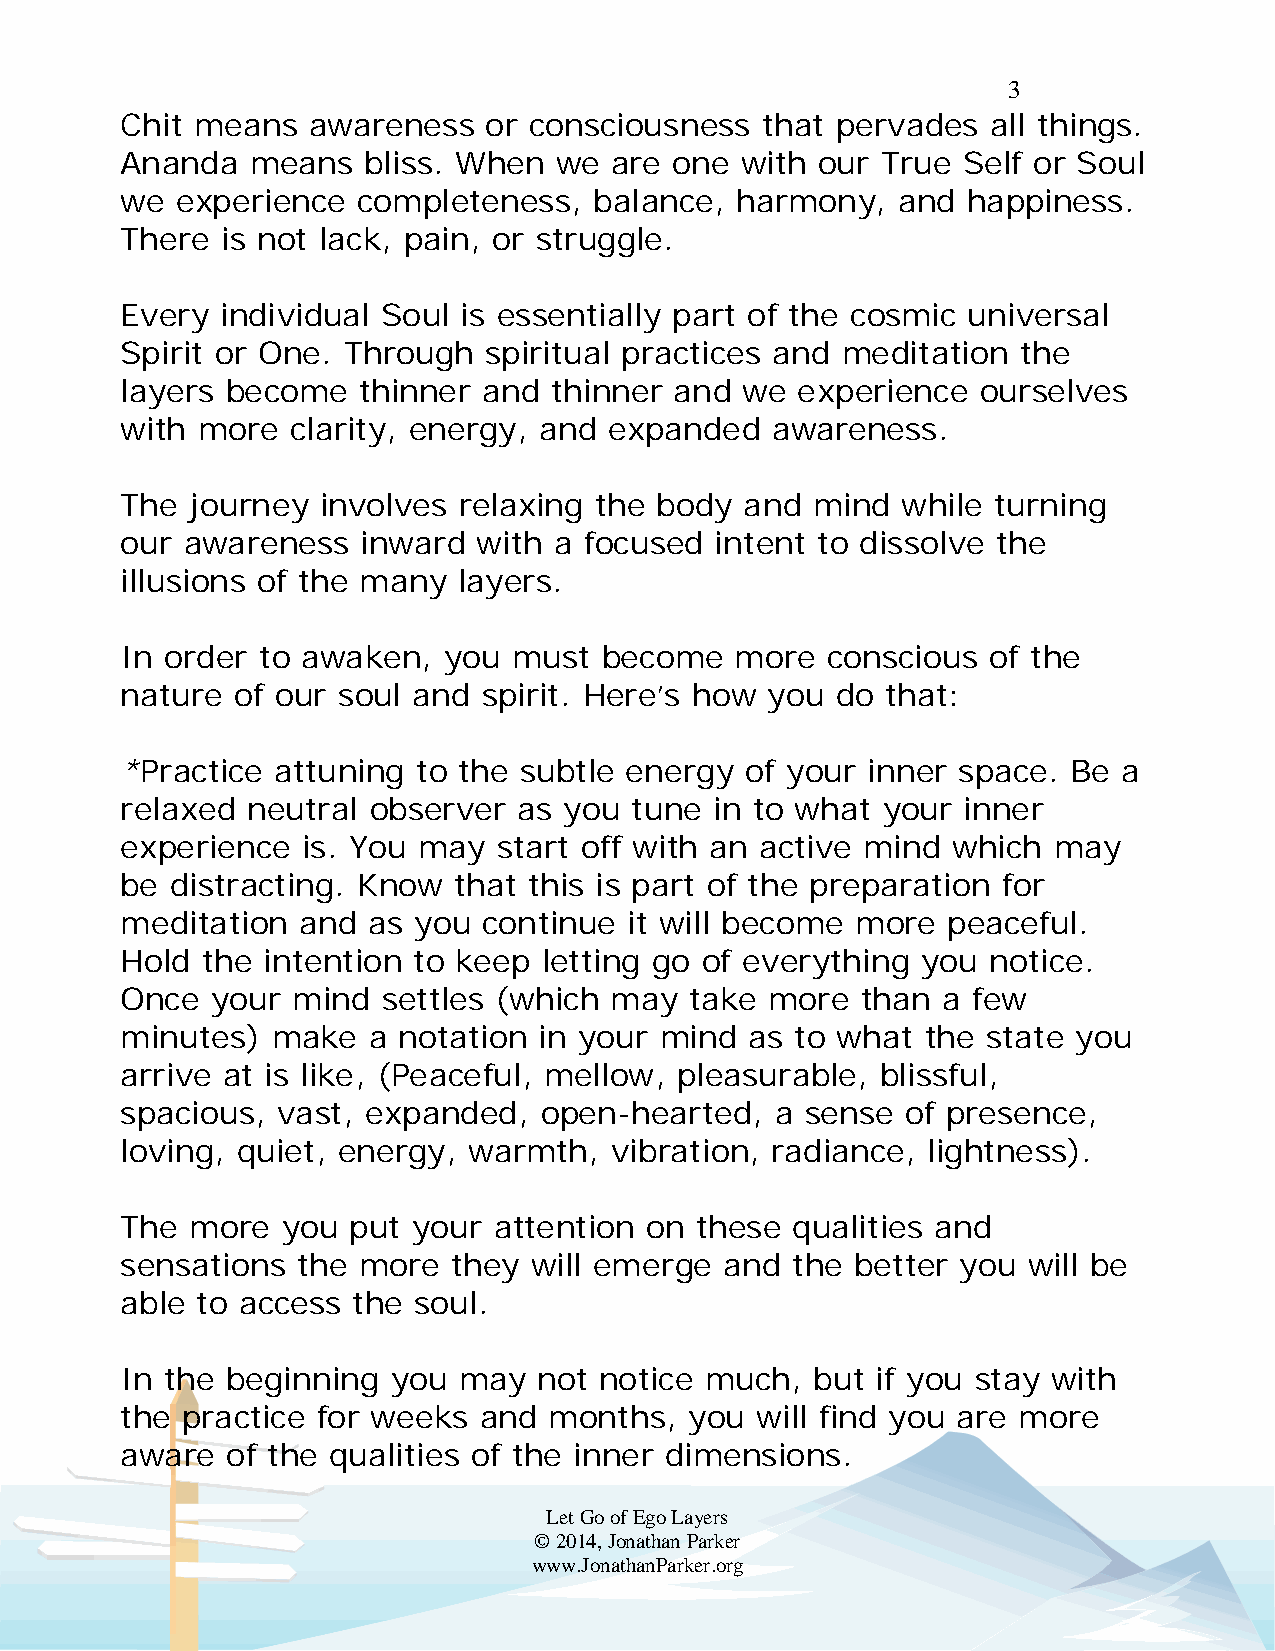
3
 Chit means  awareness   or consciousness  that pervades   all things.
 Ananda   means  bliss. When  we are  one with our True  Self or Soul
 we  experience  completeness,  balance,  harmony,  and  happiness.
 There  is not lack, pain, or struggle.
 Every  individual Soul is essentially part of the cosmic universal
 Spirit or One. Through  spiritual practices and meditation  the
 layers become   thinner and thinner  and we  experience  ourselves
 with more  clarity, energy, and expanded   awareness.
 The  journey involves relaxing the body  and  mind  while turning
 our awareness   inward  with a focused intent to dissolve the
 illusions of the many layers.
 In order to awaken,  you  must  become   more  conscious of the
 nature of our soul and  spirit. Here’s how you do  that:
 *Practice attuning  to the subtle energy of your inner space.  Be a
 relaxed neutral observer  as you  tune in to what your  inner
 experience  is. You may  start off with an active mind which  may
 be distracting. Know  that this is part of the preparation for
 meditation  and as you  continue  it will become more  peaceful.
 Hold the intention to keep  letting go of everything you notice.
 Once  your mind  settles (which may   take more  than a few
 minutes)  make  a notation  in your mind  as to what the state you
 arrive at is like, (Peaceful, mellow, pleasurable, blissful,
 spacious, vast, expanded,   open-hearted,  a sense  of presence,
 loving, quiet, energy, warmth,  vibration, radiance, lightness).
 The  more  you put your  attention on these qualities and
 sensations  the more  they will emerge  and the  better you will be
 able to access the soul.
 In the beginning  you may   not notice much,  but if you stay with
 the practice for weeks  and months,   you will find you are more
 aware  of the qualities of the inner dimensions.
 Let Go of Ego Layers
 © 2014, Jonathan Parker
 www.JonathanParker.org